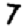
Digit: 7